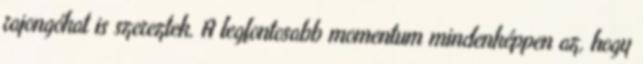
rajongókat is szereztek. A legfontosabb momentum mindenképpen az, hogy